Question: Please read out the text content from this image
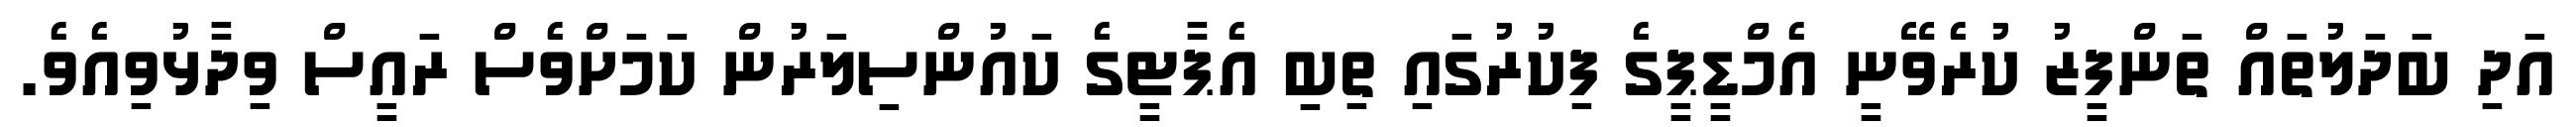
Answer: އަދި ބަދަލުތައް ތަންފީޒު ކުރެވޭނީ އެމްޑީޕީގެ ފިކުރުގައި ތިބި އެޕާޓީގެ ކައުންސިލަރުން ކަމަށްވެސް ރައީސް ވިދާޅުވިއެވެ.